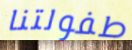
طفولتنا